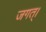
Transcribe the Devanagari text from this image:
जगत्‌।